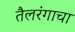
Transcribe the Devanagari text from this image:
तैलरंगाचा